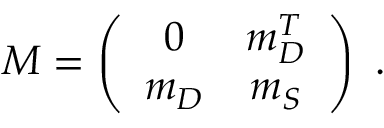
M = \left( \begin{array} { c c } { { 0 } } & { { m _ { D } ^ { T } } } \\ { { m _ { D } } } & { { m _ { S } } } \end{array} \right) ~ .